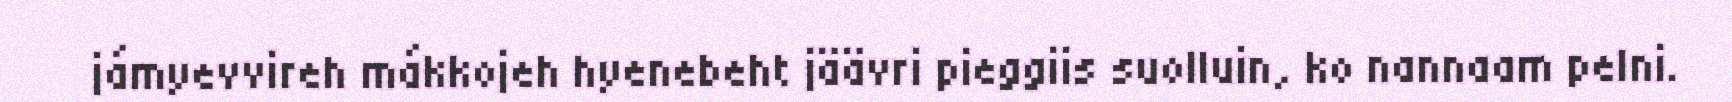
jámyevvireh mákkojeh hyenebeht jäävri pieggiis suolluin, ko nannaam pelni.